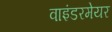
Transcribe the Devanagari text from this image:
वाइंडरमेयर